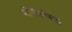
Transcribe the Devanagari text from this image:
मोनॅकोसह